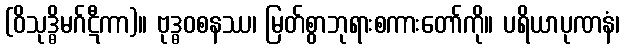
(ဝိသုဒ္ဓိမဂ်ဋီကာ)။ ဗုဒ္ဓဝစနဿ၊ မြတ်စွာဘုရားစကားတော်ကို။ ပရိယာပုဏနံ၊